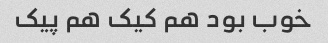
خوب بود هم کیک هم پیک